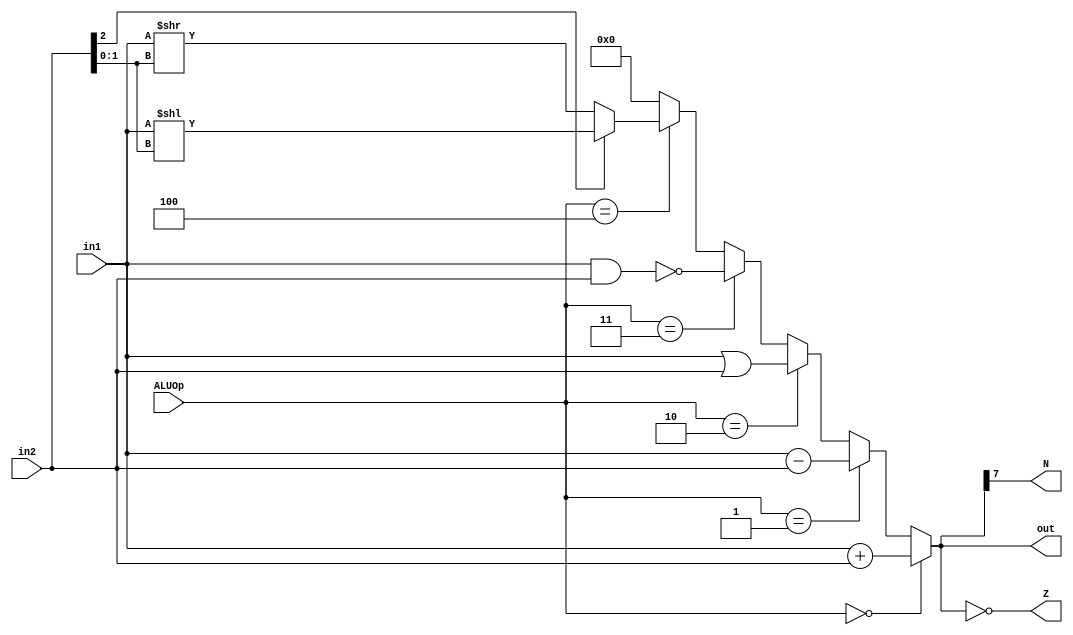
// ---------------------------------------------------------------------
// Copyright (c) 2007 by University of Toronto ECE 243 development team 
// ---------------------------------------------------------------------
//
// Major Functions:	Mathematical Operator which calculates two inputs.
//					This operator performs five operations:	i) addition,
//					ii) subtraction, iii) oring, iv) nand, v) shift
// 
// Input(s):		1. in1: first eight-bit input data to be operated
//					2. in2: second eight-bit input data to be operated
//					3. ALUOp: select signal indicates operation to be
//							  performed
//
// Output(s):		1. out:	output value after performing mathematical
//							operation
//					2. N: a single bit indicates whether an output is
//						  negative or non-negative
//					3. Z: a single bit indicates whether an output is
//						  zero or non-zero
//
// ---------------------------------------------------------------------

module ALU (in1, in2, out, ALUOp, N, Z);

// ------------------------ PORT declaration ------------------------ //
input [7:0] in1, in2;
input [2:0] ALUOp;
output [7:0] out;
output N, Z;

// ------------------------- Registers/Wires ------------------------ //
reg [7:0] tmp_out;

// -------------------------- ALU Operation ------------------------- //
// ALUOp encoding:													  //
//  000 = addition, 001 = subtraction, 010 = OR,					  //
//  011 = NAND, and 100 = Shift										  //
// ------------------------------------------------------------------ //
always @(*)
begin
	if (ALUOp == 0) begin
		tmp_out = in1 + in2;
	end	else if (ALUOp == 1) begin
		tmp_out = in1 - in2;
	end	else if (ALUOp == 2) begin
		tmp_out = in1 | in2;
	end	else if (ALUOp == 3) begin
		tmp_out = ~(in1 & in2);
	end	else if (ALUOp == 4) begin
		if (in2[2] == 1)
			tmp_out = in1 << in2[1:0];
		else
			tmp_out = in1 >> in2[1:0];
	end	else begin
		tmp_out = 0;
	end
end

// Assign output and condition flags
assign out = tmp_out;
assign N = out[7];
assign Z = (out == 8'b0);

endmodule